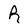
Character: R